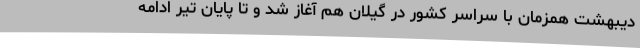
دیبهشت همزمان با سراسر کشور در گیلان هم آغاز شد و تا پایان تیر ادامه